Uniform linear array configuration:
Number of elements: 32
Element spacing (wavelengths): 1
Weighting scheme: kaiser
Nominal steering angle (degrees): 45
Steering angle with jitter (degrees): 45.713
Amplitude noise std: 0.05
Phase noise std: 0.05

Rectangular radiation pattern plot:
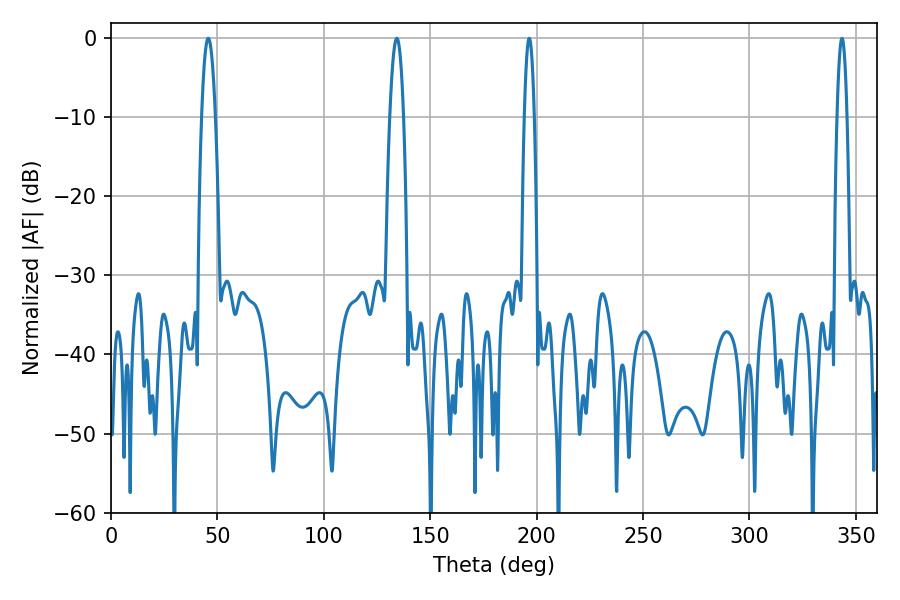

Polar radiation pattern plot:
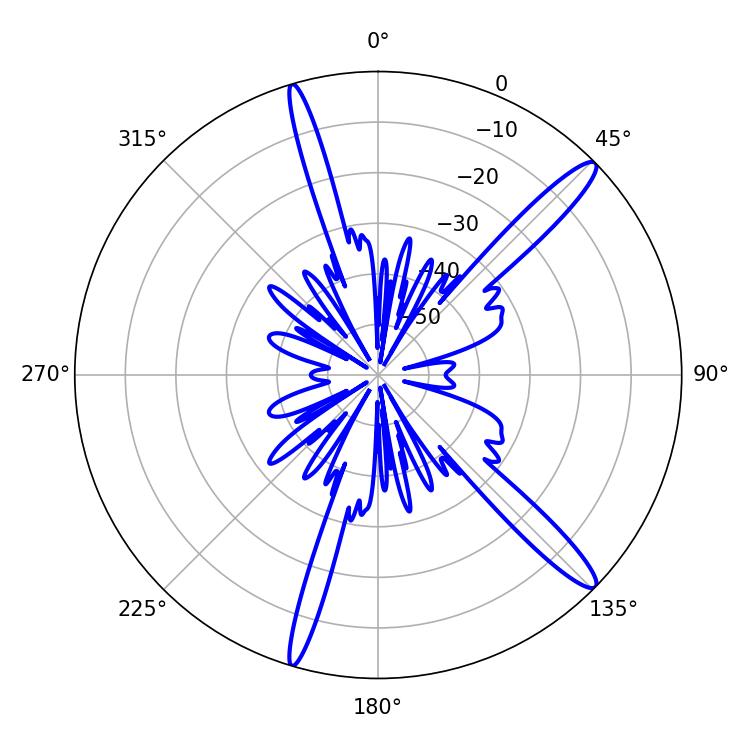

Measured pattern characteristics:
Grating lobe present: TRUE
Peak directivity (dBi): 14.623
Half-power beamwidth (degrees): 3.6
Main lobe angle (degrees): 134.28